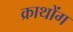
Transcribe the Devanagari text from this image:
क्राथोंग